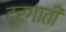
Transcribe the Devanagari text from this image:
दूरगाती